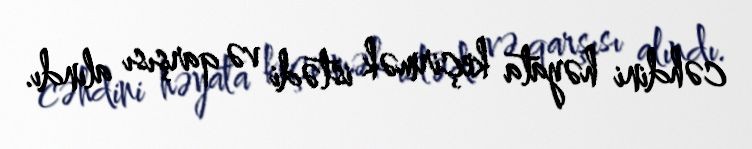
cəhdini həyata keçirmək istədi və qarşısı alındı.